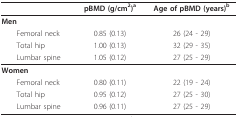
<table><thead><tr><td></td><td><b>pBMD (g/cm<sup>2</sup>)<sup>a</sup></b></td><td><b>Age of pBMD (years)<sup>b</sup></b></td></tr></thead><tbody><tr><td><b>Men</b></td><td></td><td></td></tr><tr><td> Femoral neck</td><td>0.85 (0.13)</td><td>26 (24 - 29)</td></tr><tr><td> Total hip</td><td>1.00 (0.13)</td><td>32 (29 - 35)</td></tr><tr><td> Lumbar spine</td><td>1.05 (0.12)</td><td>27 (25 - 29)</td></tr><tr><td><b>Women</b></td><td></td><td></td></tr><tr><td> Femoral neck</td><td>0.80 (0.11)</td><td>22 (19 - 24)</td></tr><tr><td> Total hip</td><td>0.95 (0.12)</td><td>27 (25 - 30)</td></tr><tr><td> Lumbar spine</td><td>0.96 (0.11)</td><td>27 (25 - 29)</td></tr></tbody></table>